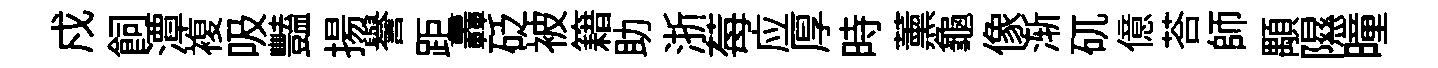
戍飼潭複吸豔揚譽距轟砭被籍助浙莓应厚時薰龜像渐矹億荅師顒隰曈